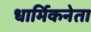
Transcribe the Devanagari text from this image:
धार्मिकनेता